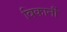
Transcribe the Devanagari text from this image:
विकार्नी